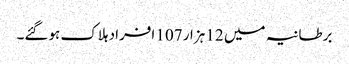
برطانیہ میں 12 ہزار 107 افراد ہلاک ہوگئے۔